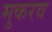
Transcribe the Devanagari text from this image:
मुकरव